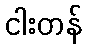
ငါးတန်